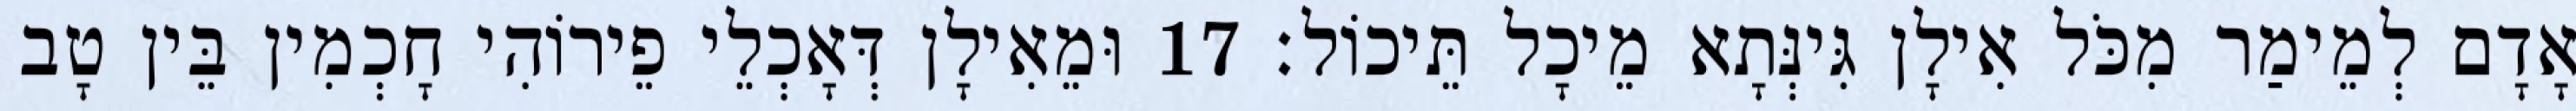
אָדָם לְמֵימַר מִכֹּל אִילָן גִּינְּתָא מֵיכָל תֵּיכוֹל׃ 17 וּמֵאִילָן דְּאָכְלֵי פֵירוֹהִי חָכְמִין בֵּין טָב